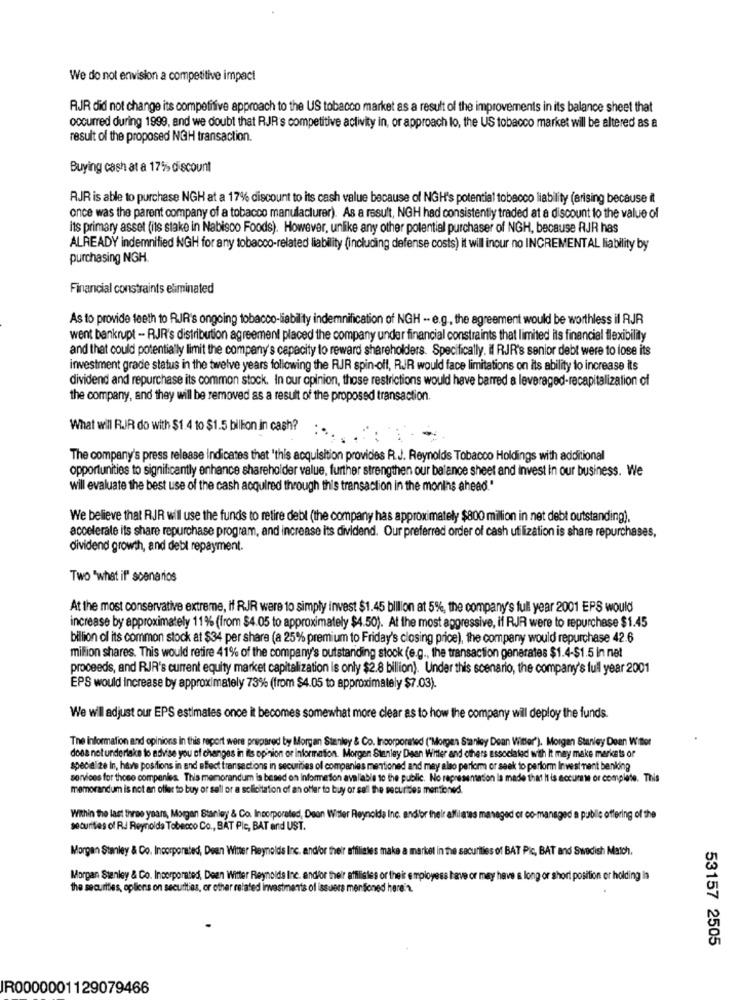
We do not envision a competitive impact
RJR did not change its competitive approach to the US tobacco market as a result of the improvements in its balance sheet that
occurred during 1999, and we doubt that RJR s competitive activity in, or approach to, the US tobacco market will be altered as a
result of the proposed NGH transaction.
Buying cash at a 17% discount
RJR is able to purchase NGH at a 17% discount to its cash value because of NGH's potential tobacco liability (arising because it
once was the parent company of a tobacco manufacturer). As a result, NGH had consistently traded at a discount to the value of
its primary asset (its stake in Nabisco Foods). However, unlike any other potential purchaser of NGH, because RJR has
ALREADY indemnified NGH for any tobacco-related liability (including defense costs) it will inour no INCREMENTAL liability by
purchasing NGH.
Financial constraints eliminated
As to provide teeth to RJR's ongoing tobacco-liability indemnification of NGH -- e.g ., the agreement would be worthless il RJR
went bankrupt - RJR's distribution agreement placed the company under financial constraints that limited ils financial flexibility
and that could potentially limit the company's capacity to reward shareholders. Specifically, il RJR's senior debt were to lose its
investment grade status in the twelve years following the RJR spin-off, RJR would face limitations on its ability to increase its
dividend and repurchase its common stock. In our opinion, those restrictions would have barred a leveraged-recapitalization of
the company, and they will be removed as a result of the proposed transaction.
What will RJR do with $1.4 to $1.5 billion in cash?
The company's press release Indicates that 'this acquisition provides R.J. Reynolds Tobacco Holdings with additional
opportunities to significantly enhance shareholder value, further strengthen our balance sheet and invest in our business. We
will evaluate the best use of the cash acquired through this transaction in the monins ahead."
We believe that RJR will use the funds to retire debt (the company has approximately $800 million in net debt outstanding).
accelerate its share repurchase program, and increase its dividend. Our preferred order of cash utilization is share repurchases,
dividend growth, and debt repayment.
Two "what if" scenarios
At the most conservative extreme, if RJR were to simply invest $1.45 billion at 5%, the company's full year 2001 EPS would
increase by approximately 11% (from $4.05 to approximately $4.50). At the most aggressive, if RJR were to repurchase $1.45
billion of its common stock at $34 per share (a 25% premium to Friday's closing price), the company would repurchase 42.6
mifion shares. This would retire 41% of the company's outstanding stock (e.g ., the transaction generates $1.4-$1.5 in net
proceeds, and RJR's current equity market capitalization is only $2.8 billion). Under this scenario, the company's full year 2001
EPS would increase by approximately 73% (from $4.05 to approximately $7.03).
We will adjust our EPS estimates once it becomes somewhat more clear as to how the company will deploy the funds.
The Information and opinions in this report were prepared by Morgan Stanley & Co. Incorporated ("Morgen Stanley Dean Witter"). Morgan Stanley Deen Wmor
does notunderlake to advise you of changes in its opinion or information. Morgan Stanley Dean Witter and others associated with It may make markets or
specie ze In, have positions in and effect transactions in securities of companies mentioned and may also perform or seek to perform Investment banking
services for those compenles. This memorandum is besed on Informerson avaliable to the public. No representation la made that It is accurate or complete. This
memorandum is not an offer to buy or sell or a solicitation of an offer to buy or sell the securides mentioned.
Within the last three years, Morgan Stanley & Co. Incorporated, Deon Witter Reynolda Inc. andibr their affiliates managed or co-managed a public offering of the
securities of RJ Reynolds Tobecco Co ., BAT Ple, BAT and UST.
Morgan Stanley & Co. Incorporated, Deen Witter Reynolds Inc. and/or their affiliates make a market in the securities of BAT Pic, BAT and Swedish Match.
Morgan Stanley & Co. Incorporated, Deen Witter Reynolds Inc. andfor their affilistes or theis employess have or may have a long or short position er holding in
the securities, oplions on secutities, or other related investments of issuers mentioned here's.
53157 2505
IR0000001129079466